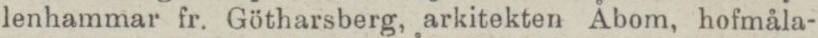
lenhammar fr. Götharsberg, arkitekten Åbom, hofmåla-